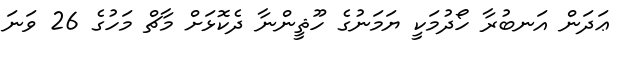
ޢަދަން އަނބުރާ ހޯދުމަކީ ޔަމަނުގެ ހޫޘީންނާ ދެކޮޅަށް މާޗް މަހުގެ 26 ވަނަ